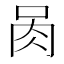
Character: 𰮄